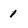
Character: 1